画像に写った文字を読んでください
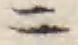
「ニ」と書いてあります